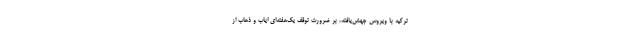
ترکیه با ویروس جهش‌یافته، بر ضرورت توقف یک‌هفته‌ای ایاب و ذهاب از